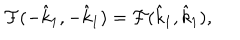
\mathcal { F } ( - \hat { k } _ { 1 } , - \hat { k } _ { 1 } ) = \mathcal { F } ( \hat { k } _ { 1 } , \hat { k } _ { 1 } ) ,